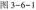
图3-6-1